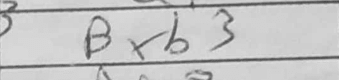
Transcription: Bxb3